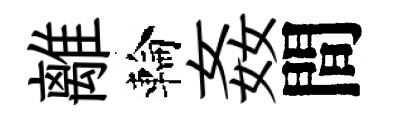
離輪姦間